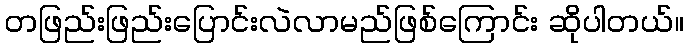
တဖြည်းဖြည်းပြောင်းလဲလာမည်ဖြစ်ကြောင်း ဆိုပါတယ်။